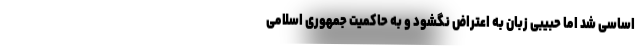
اساسی شد اما حبیبی زبان به اعتراض نگشود و به حاکمیت جمهوری اسلامی